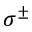
\sigma ^ { \pm }